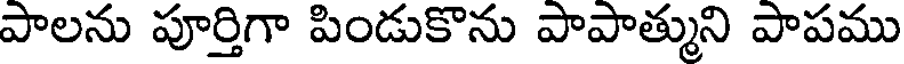
పాలను పూర్తిగా పిండుకొను పాపాత్ముని పాపము